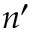
n ^ { \prime }